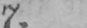
7.